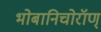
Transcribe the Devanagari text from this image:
भोबानिचोरॉण्